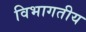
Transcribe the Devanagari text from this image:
विभागतीय